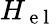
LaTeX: H_{\mathrm{~e~l~}}